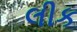
લીક